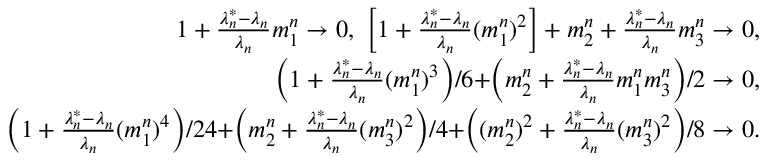
\begin{array} { r } { 1 + \frac { \lambda _ { n } ^ { * } - \lambda _ { n } } { \lambda _ { n } } m _ { 1 } ^ { n } \to 0 , \ \biggr [ 1 + \frac { \lambda _ { n } ^ { * } - \lambda _ { n } } { \lambda _ { n } } ( m _ { 1 } ^ { n } ) ^ { 2 } \biggr ] + m _ { 2 } ^ { n } + \frac { \lambda _ { n } ^ { * } - \lambda _ { n } } { \lambda _ { n } } m _ { 3 } ^ { n } \to 0 , } \\ { \biggr ( 1 + \frac { \lambda _ { n } ^ { * } - \lambda _ { n } } { \lambda _ { n } } ( m _ { 1 } ^ { n } ) ^ { 3 } \biggr ) / 6 + \biggr ( m _ { 2 } ^ { n } + \frac { \lambda _ { n } ^ { * } - \lambda _ { n } } { \lambda _ { n } } m _ { 1 } ^ { n } m _ { 3 } ^ { n } \biggr ) / 2 \to 0 , } \\ { \biggr ( 1 + \frac { \lambda _ { n } ^ { * } - \lambda _ { n } } { \lambda _ { n } } ( m _ { 1 } ^ { n } ) ^ { 4 } \biggr ) / 2 4 + \biggr ( m _ { 2 } ^ { n } + \frac { \lambda _ { n } ^ { * } - \lambda _ { n } } { \lambda _ { n } } ( m _ { 3 } ^ { n } ) ^ { 2 } \biggr ) / 4 + \biggr ( ( m _ { 2 } ^ { n } ) ^ { 2 } + \frac { \lambda _ { n } ^ { * } - \lambda _ { n } } { \lambda _ { n } } ( m _ { 3 } ^ { n } ) ^ { 2 } \biggr ) / 8 \to 0 . } \end{array}